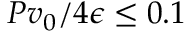
P v _ { 0 } / 4 \epsilon \leq 0 . 1